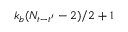
k _ { b } ( N _ { t - t ^ { \prime } } - 2 ) / 2 + 1